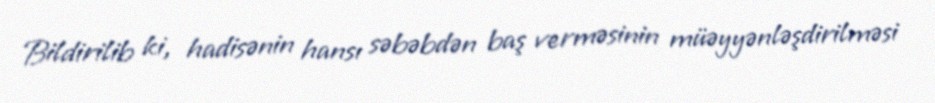
Bildirilib ki, hadisənin hansı səbəbdən baş verməsinin müəyyənləşdirilməsi